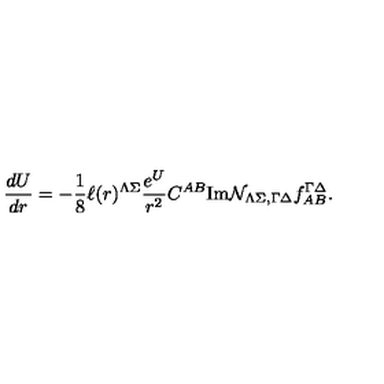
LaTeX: { \frac { d U } { d r } } = - { \frac { 1 } { 8 } } \ell ( r ) ^ { \Lambda \Sigma } { \frac { e ^ { U } } { r ^ { 2 } } } C ^ { A B } \mathrm { I m } { \cal N } _ { \Lambda \Sigma , \Gamma \Delta } f _ { A B } ^ { \Gamma \Delta } .